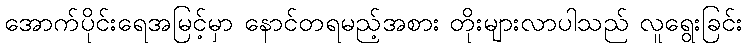
အောက်ပိုင်းရေအမြင့်မှာ နောင်တရမည့်အစား တိုးများလာပါသည် လူရွေးခြင်း